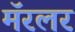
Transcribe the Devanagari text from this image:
मॅरलर